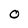
Character: O